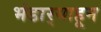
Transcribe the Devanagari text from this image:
भंडार्‍याहून